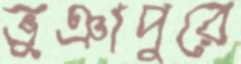
ভূঞাপুরে